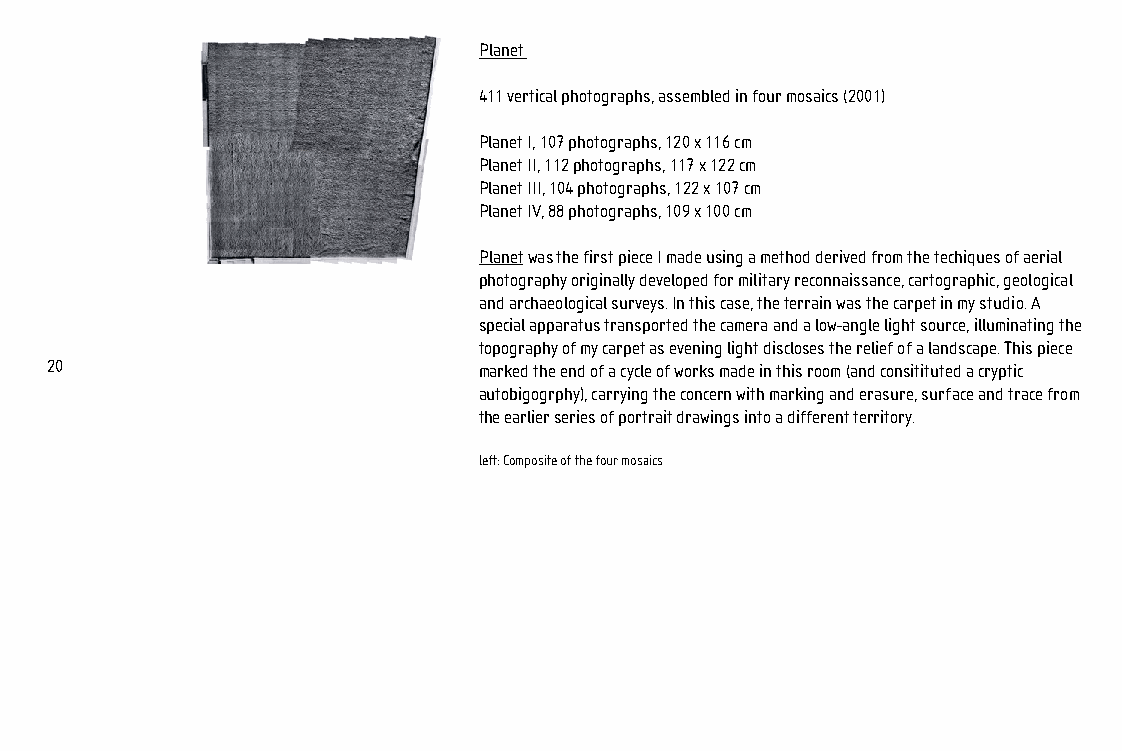
127x190_photo_booklet.qx6 09 12 2005 16:06 Page 20
 Planet
 411 vertical photographs, assembled in four mosaics (2001)
 Planet I, 107 photographs, 120 x 116 cm
 Planet II, 112 photographs, 117 x 122 cm
 Planet III, 104 photographs, 122 x 107 cm
 Planet IV, 88 photographs, 109 x 100 cm
 Planetwas the first piece I made using a method derived from the techiques of aerial
 photography originally developed for military reconnaissance, cartographic, geological
 and archaeological surveys. In this case, the terrain was the carpet in my studio. A
 special apparatus transported the camera and a low-angle light source, illuminating the
 topography of my carpet as evening light discloses the relief of a landscape. This piece
 20                           marked the end of a cycle of works made in this room (and consitituted a cryptic
 autobigogrphy), carrying the concern with marking and erasure, surface and trace from
 the earlier series of portrait drawings into a different territory.
 left: Composite of the four mosaics